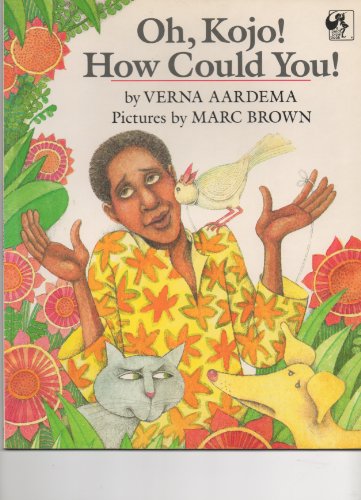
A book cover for Oh Kojo! How Could You! (Picture Puffin); Verna Aardema; Children's Books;